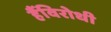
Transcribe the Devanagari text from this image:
हैंविरोधी